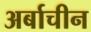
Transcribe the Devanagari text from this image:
अर्बाचीन